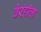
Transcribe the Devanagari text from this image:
वैरहॉल